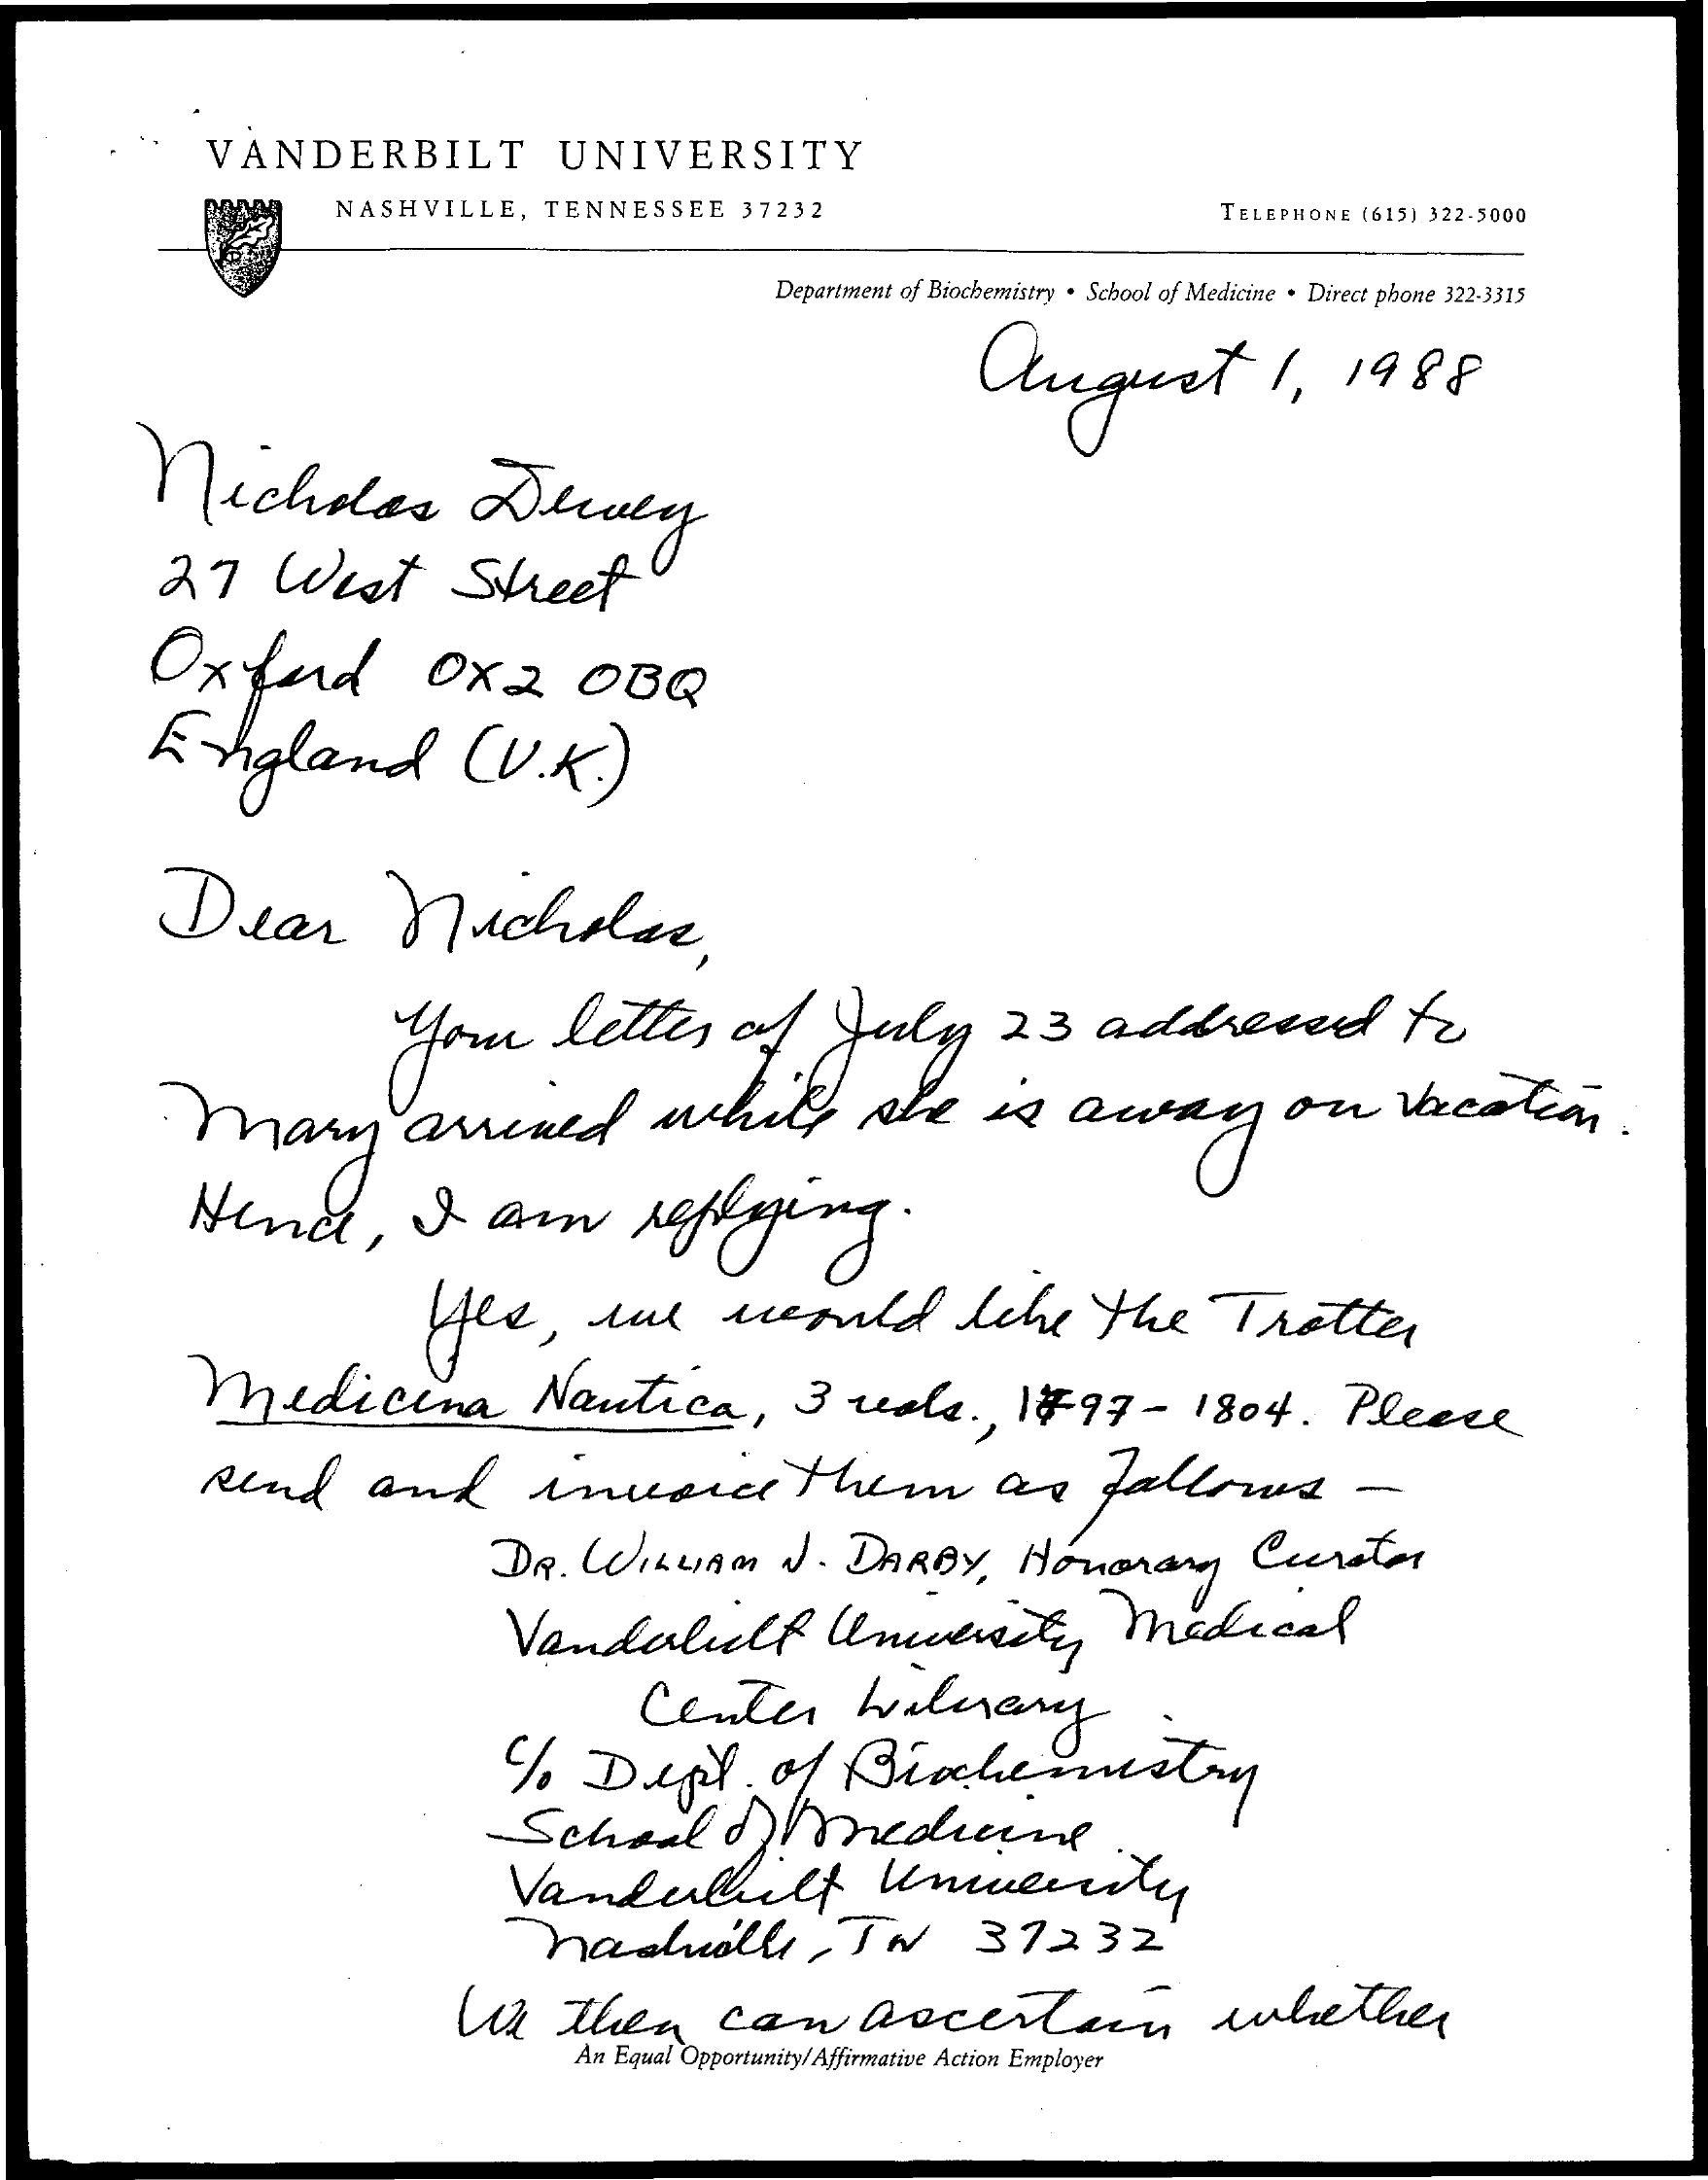
VANDERBILT    UNIVERSITY
     NASHVILLE,    TENNESSEE    37232    TELEPHONE   [615) 322-5000
     Department of Biochemistry . School of Medicine . Direct phone 322-3315
     August    1,   1988
     nichdas    Dewey
     27    West    Street
     Oxford    0X2    OBQ
     England    (  V.K.)
     Dear    Mucholas,
     Your    letter    of    July    23    addresed    to
     . Mary    arrived    while    she    is    away    on    vacation.
     Hund,    I    am    replying.
     Yes,    we    would    like    the    Trotter
     Medicina    Nautica,    3    reals    ., 1797    -   1804.    Please
     Rend    and    invoice    them    as    follows    -
     DR.    WILLIAM    J.   DARBY,    Honorary    Curator
     Vandalult    University    Medical
     Center    hillary
     %.   Dept.    of   Biochemistry
     School    of  Medicine
     Vandubbiily    Unmenny
     nashville,    TN    37232
     We    they    can    ascertain    whether
     An Equal Opportunity/ Affirmative Action Employer